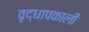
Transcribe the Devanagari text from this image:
वृद्धापकाली